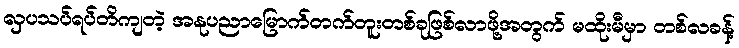
လှပသပ်ရပ်တိကျတဲ့ အနုပညာမြောက်တက်တူးတစ်ခုဖြစ်လာဖို့အတွက် မထိုးမီမှာ တစ်လခန့်